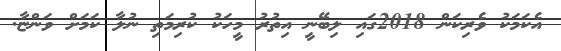
އެކަމަކު ވެރިކަން 2018ގައި ލިބޭނީ އިތުރު މީހަކު ކުރިމަތި ނުލާ ކަމަށް ވަންޏާ.